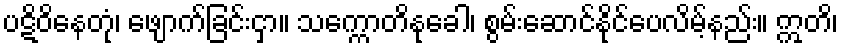
ပဋိဝိနေတုံ၊ ဖျောက်ခြင်းငှာ။ သက္ကောတိနုခေါ၊ စွမ်းဆောင်နိုင်ပေလိမ့်နည်း။ ဣတိ၊